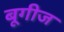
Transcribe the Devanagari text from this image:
बूगीज